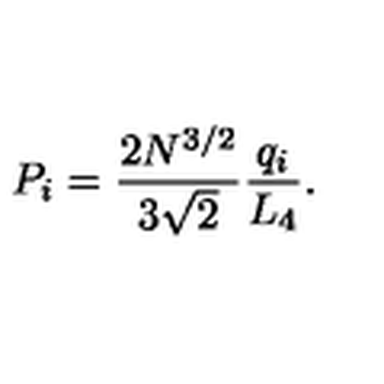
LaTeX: P _ { i } = \frac { 2 N ^ { 3 / 2 } } { 3 \sqrt { 2 } } \frac { q _ { i } } { L _ { 4 } } .